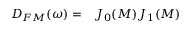
\begin{array} { r l } { D _ { F M } ( \omega ) = } & { { } J _ { 0 } ( M ) J _ { 1 } ( M ) } \end{array}